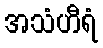
အသံဟီရံ